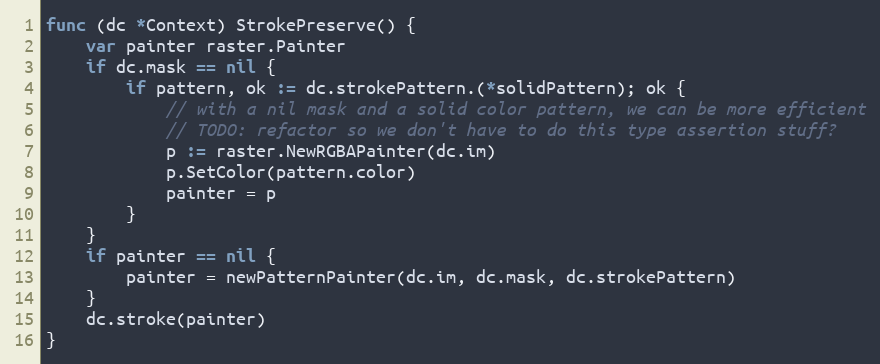
Language: Go
func (dc *Context) StrokePreserve() {
	var painter raster.Painter
	if dc.mask == nil {
		if pattern, ok := dc.strokePattern.(*solidPattern); ok {
			// with a nil mask and a solid color pattern, we can be more efficient
			// TODO: refactor so we don't have to do this type assertion stuff?
			p := raster.NewRGBAPainter(dc.im)
			p.SetColor(pattern.color)
			painter = p
		}
	}
	if painter == nil {
		painter = newPatternPainter(dc.im, dc.mask, dc.strokePattern)
	}
	dc.stroke(painter)
}